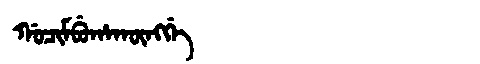
Manchu: ᡤᠣᠴᡳᠮᠪᡠᡥᠠᡴᡡᠩᡤᡝ
Romanization: GOCIMBUHAKŪNGGE